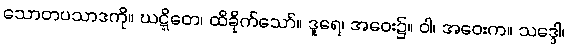
သောတပသာဒကို။ ဃဋ္ဋိတေ၊ ထိခိုက်သော်။ ဒူရေ၊ အဝေး၌။ ဝါ၊ အဝေးက။ သဒ္ဒေါ၊